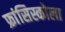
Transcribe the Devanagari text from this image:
फ्रांसिस्कोला